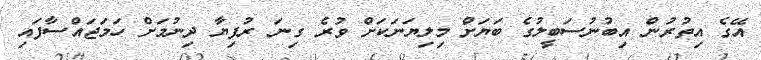
އޭގެ އިތުރުން އިބުނުސަބީލުގެ ބަޔަށް މިލިޔަނަކަށް ވުރެ ގިނަ ރުފިޔާ ދިނުމަށް ހަމަޖައްސާފައި